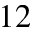
1 2